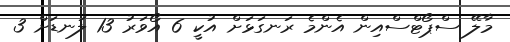
މާލޭ ސްޕޯޓްސްއިން އެންމެ ރަނގަޅަށް އުކީ 6 އޯވަރު 13 ލަނޑަށް 3